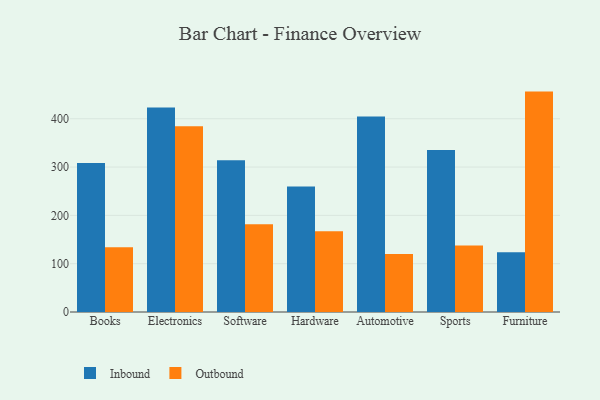
{"axis": {"x": "Category", "y": "Tickets Resolved"}, "legend": ["Inbound", "Outbound"], "data": [{"x": "Books", "y": 308.2, "type": "Inbound"}, {"x": "Books", "y": 134.1, "type": "Outbound"}, {"x": "Electronics", "y": 423.3, "type": "Inbound"}, {"x": "Electronics", "y": 384.5, "type": "Outbound"}, {"x": "Software", "y": 314.0, "type": "Inbound"}, {"x": "Software", "y": 181.6, "type": "Outbound"}, {"x": "Hardware", "y": 259.6, "type": "Inbound"}, {"x": "Hardware", "y": 167.3, "type": "Outbound"}, {"x": "Automotive", "y": 404.6, "type": "Inbound"}, {"x": "Automotive", "y": 120.0, "type": "Outbound"}, {"x": "Sports", "y": 335.4, "type": "Inbound"}, {"x": "Sports", "y": 137.4, "type": "Outbound"}, {"x": "Furniture", "y": 123.8, "type": "Inbound"}, {"x": "Furniture", "y": 456.2, "type": "Outbound"}]}